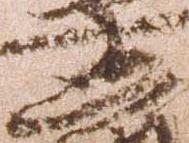
忠